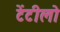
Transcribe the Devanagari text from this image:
टेंटीलो